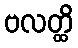
ဗလတ္ထိ